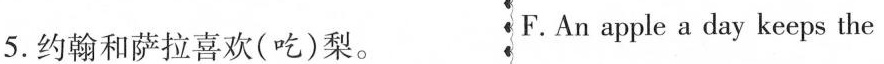
5.约翰和萨拉喜欢(吃)梨. F.An apple a day keeps the